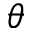
\theta